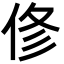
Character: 俢